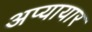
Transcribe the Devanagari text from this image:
अप्यायार